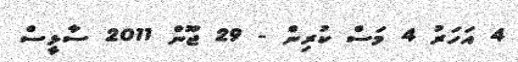
4 އަހަރު 4 މަސް ކުރިން - 29 ޖޫން 2011 ސާޅީސް